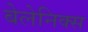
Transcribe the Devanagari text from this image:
बेलेनिक्स